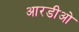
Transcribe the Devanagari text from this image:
आरडीओ